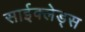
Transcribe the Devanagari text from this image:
साईक्लेड्स